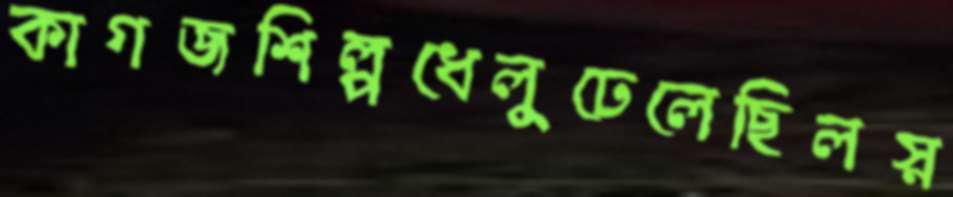
কাগজশিল্পধেলুঢেলেছিলস্ন